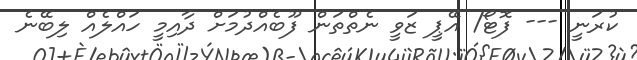
ކުރަނީ --- ފޮޓޯ/ އޭޕީ ޒަވީ ނެތްތަން ފޫބެއްދުމަށް ދާއިމީ ހައްލެއް ލިބޭނެ